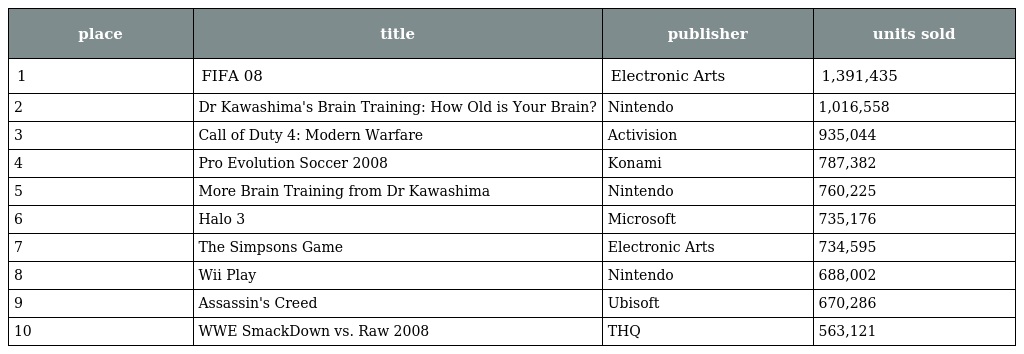
| place | title | publisher | units sold |
 | --- | --- | --- | --- |
 | 1 | FIFA 08 | Electronic Arts | 1,391,435 |
 | 2 | Dr Kawashima's Brain Training: How Old is Your Brain? | Nintendo | 1,016,558 |
 | 3 | Call of Duty 4: Modern Warfare | Activision | 935,044 |
 | 4 | Pro Evolution Soccer 2008 | Konami | 787,382 |
 | 5 | More Brain Training from Dr Kawashima | Nintendo | 760,225 |
 | 6 | Halo 3 | Microsoft | 735,176 |
 | 7 | The Simpsons Game | Electronic Arts | 734,595 |
 | 8 | Wii Play | Nintendo | 688,002 |
 | 9 | Assassin's Creed | Ubisoft | 670,286 |
 | 10 | WWE SmackDown vs. Raw 2008 | THQ | 563,121 |